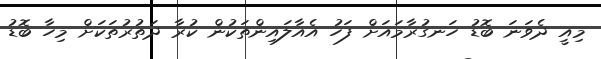
މިއީ ދެވަނަ ބޮޑު ހަނގުރާމައަށް ފަހު އެއާލައިންތަކުން ކުރާ ދަތުރުތަކަށް މިހާ ބޮޑު